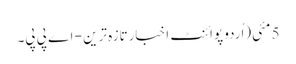
5 مئی(اُردو پوائنٹ اخبارتازہ ترین - اے پی پی۔